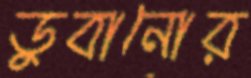
ডুবানোর